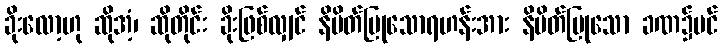
ခိုးလော့ဟု ဆိုအံ့၊ ဆိုတိုင်း ခိုးဖြစ်လျှင် နိမိတ်ပြုသောရဟန်းအား နိမိတ်ပြုသော ခဏ၌ပင်